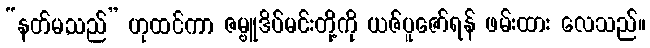
“နတ်မ,သည်” ဟုထင်ကာ ဇမ္ဗူဒိပ်မင်းတို့ကို ယဇ်ပူဇော်ရန် ဖမ်းထား လေသည်။